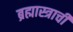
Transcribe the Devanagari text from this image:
ब्रह्मास्त्राची